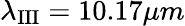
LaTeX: \lambda_{\mathrm{III}}=10.17\mu m